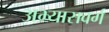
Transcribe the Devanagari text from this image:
अभ्यासवर्ग